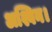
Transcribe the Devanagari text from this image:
अश्विन।